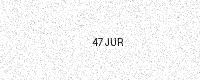
Text: 47JUR